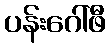
ပန်းဂေါ်ဖီ